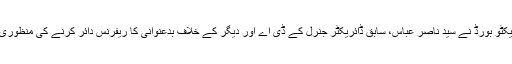
ایگزیکٹو بورڈ نے سید ناصر عباس، سابق ڈائریکٹر جنرل کے ڈی اے اور دیگر کے خلاف بدعنوانی کا ریفرنس دائر کرنے کی منظوری دی۔